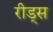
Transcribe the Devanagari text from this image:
रीड्स